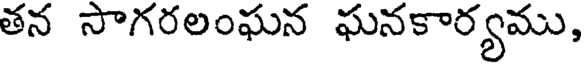
తన సాగరలంఘన ఘనకార్యము,